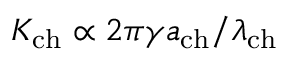
{ K _ { \mathrm { c h } } } \propto 2 \pi \gamma a _ { \mathrm { c h } } / { \lambda _ { \mathrm { c h } } }